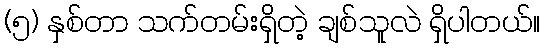
(၅) နှစ်တာ သက်တမ်းရှိတဲ့ ချစ်သူလဲ ရှိပါတယ်။